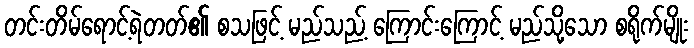
တင်းတိမ်ရောင့်ရဲတတ်၏ စသဖြင့် မည်သည့် ကြောင်းကြောင့် မည်သို့သော စရိုက်မျိုး